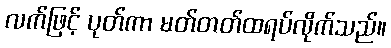
လက်ဖြင့် ပုတ်ကာ မတ်တတ်ထရပ်လိုက်သည်။